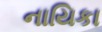
નાયિકા